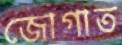
জোগাত